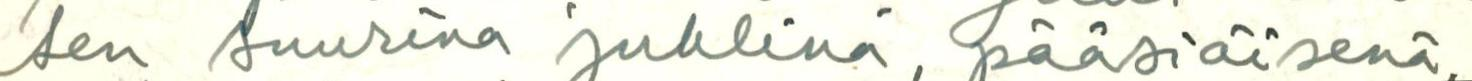
ten suurina juhlina, pääsiäisenä,